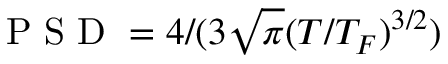
\mathrm { ~ P ~ S ~ D ~ } = 4 / ( 3 \sqrt { \pi } ( T / T _ { F } ) ^ { 3 / 2 } )